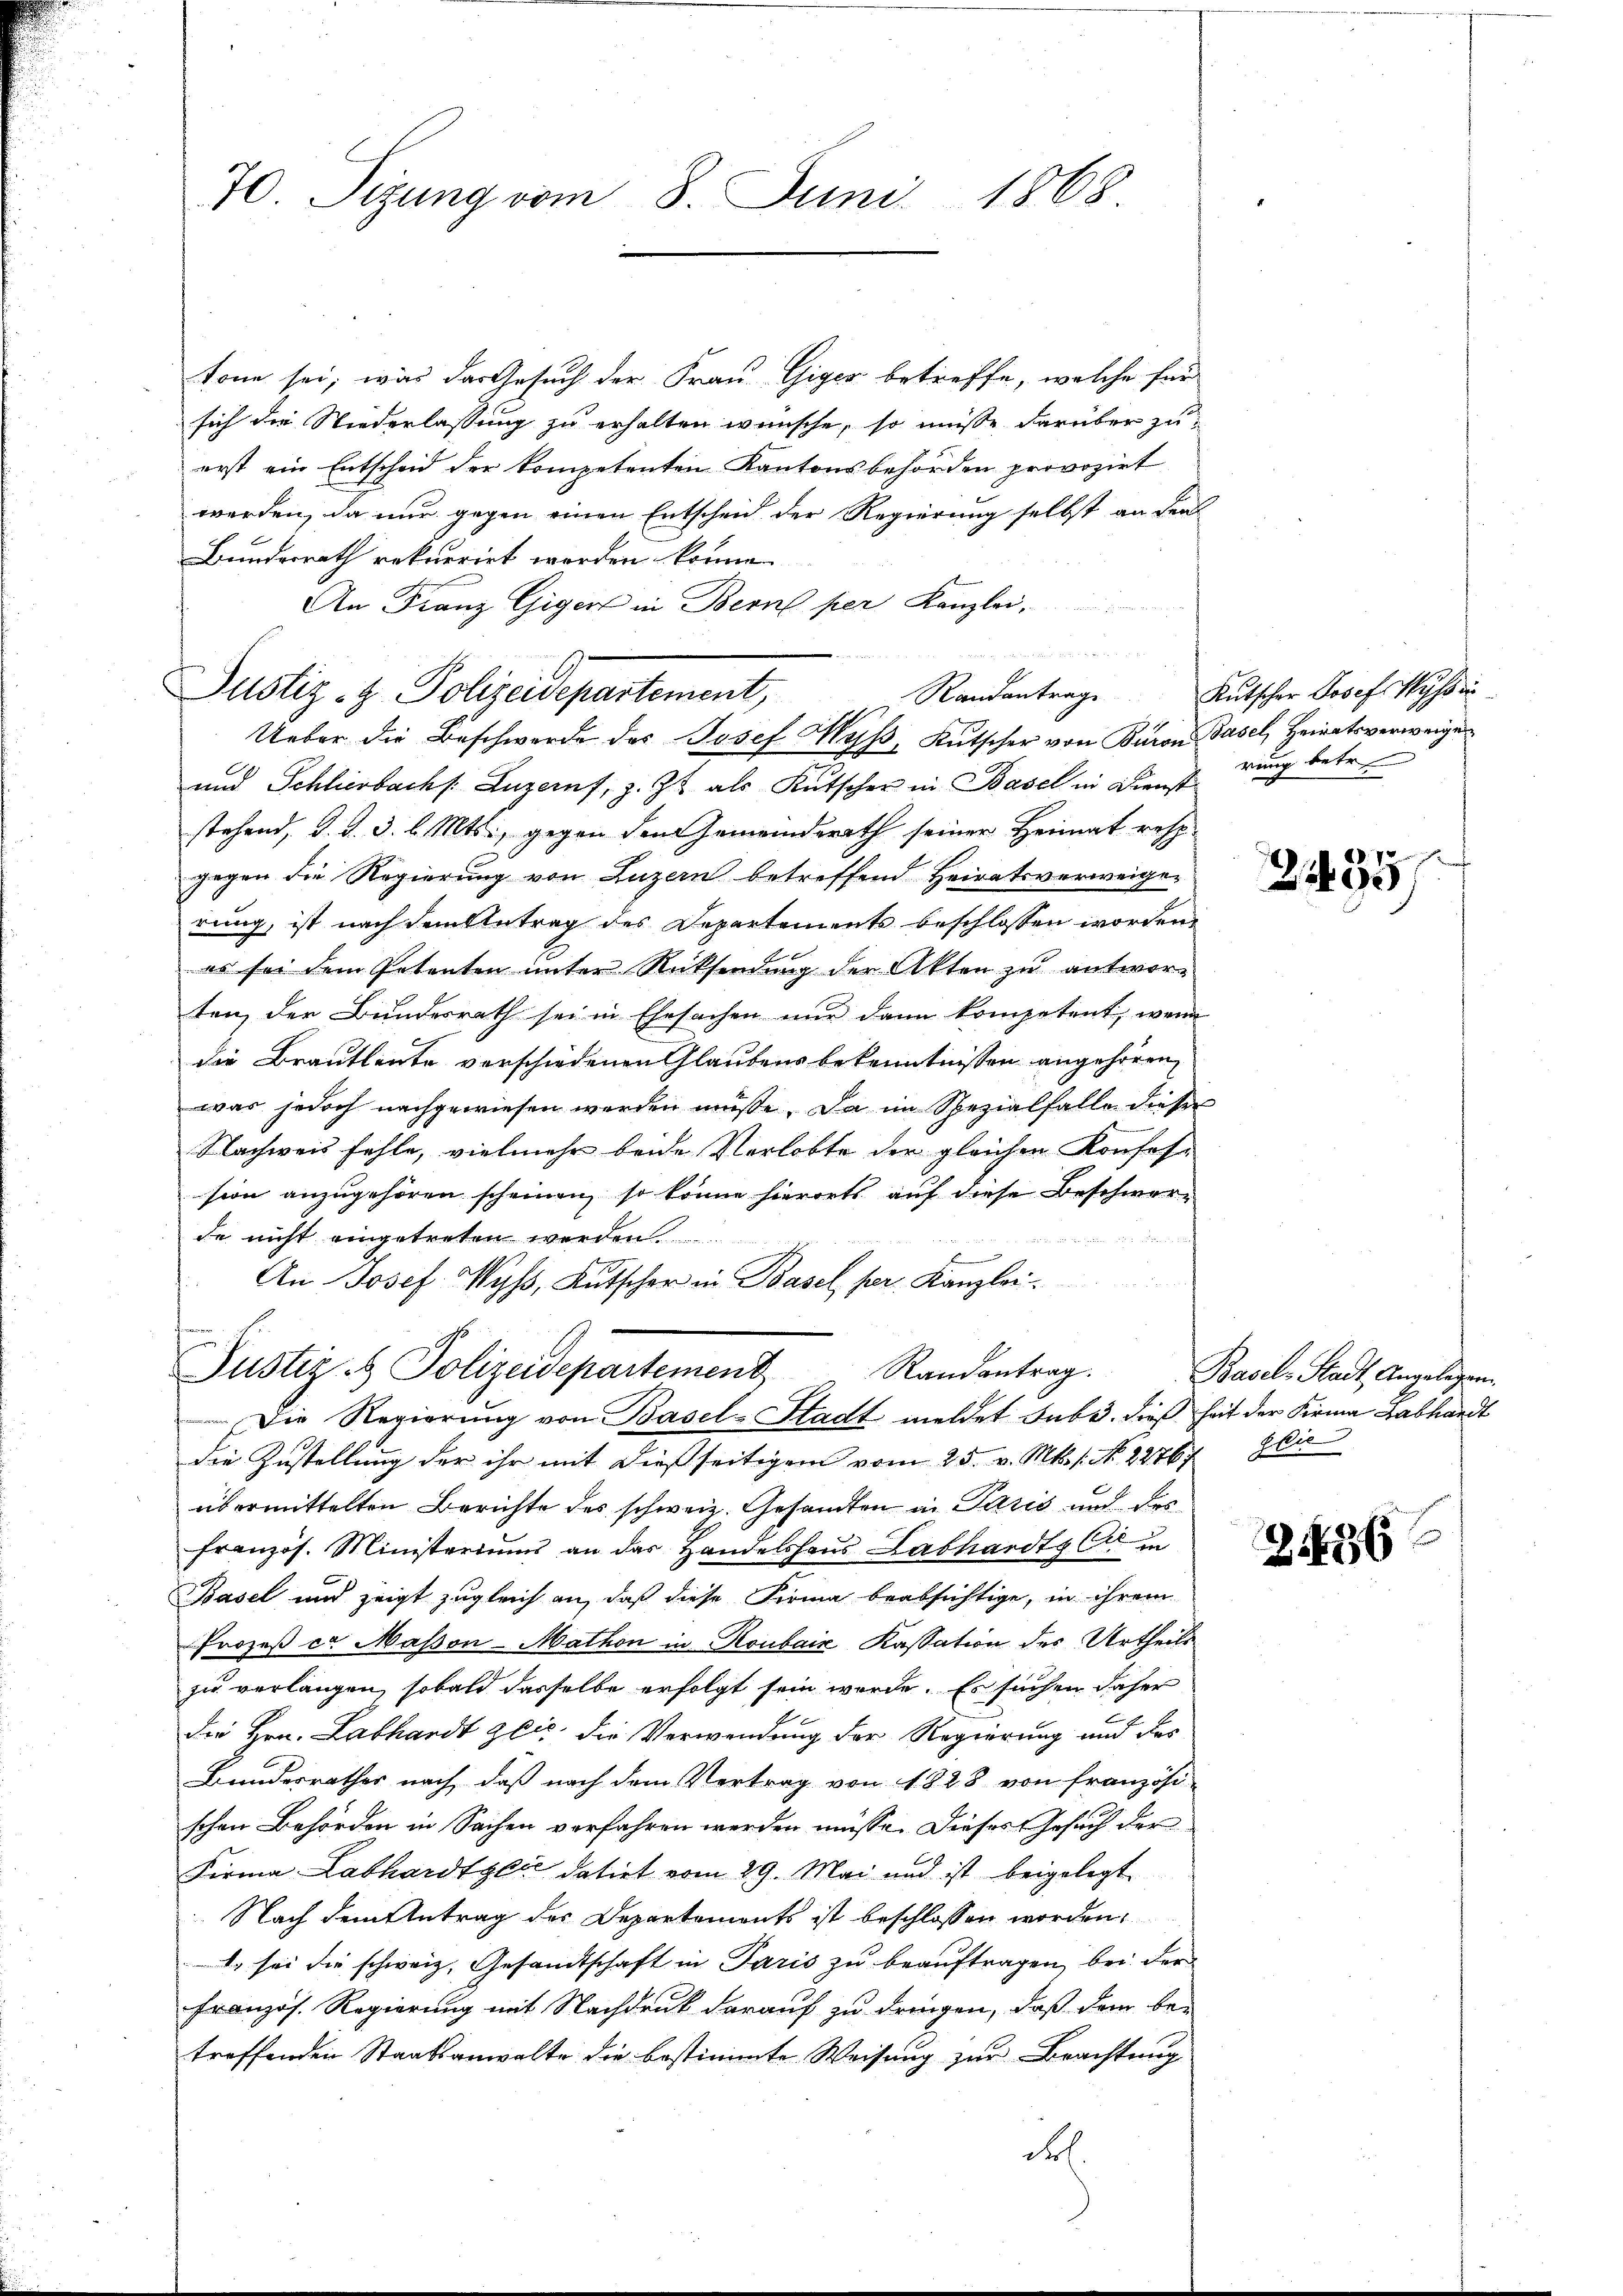
70. Sizung vom 8. Juni 1868.

tone sei, was das Gesuch der Frau Giger betreffe, welche für
sich die Niederlassung zu erhalten wünsche, so müsse darüber zu
erst ein Entscheid der kompetenten Kantonsbehörden provozirt
werden, da nur gegen einen Entscheid der Regierung selbst an den
Bundesrath rekurrirt worden könne.
An Franz Giger in Bern per Kanzlei-
un

Justiz- & Polizeidepartement,
Ueber die Beschwerde des Josef Mass, Kutscher von Baron Basel, Heiratsverweigen

und Schliesbach Luzern, z. Zt. als Kutscher in Basel in Dienst
stehend, d. d. 3. l. Mts., gegen den Gemeinderath seiner Heimat resp
gegen die Regierung von Luzern betreffend Heiratsverweigerung, ist nach dem Antrag des Departements beschlossen worden,
es sei dem Petenten unter Rücksendung der Akten zu antworten, der Bundesrath sei in Ehesachen nur dann kompetent, wenn
die Brautleute verschiedenen Glaubens bekenntnissen angehören,
was jedoch nachgewiesen werden müße. Da im Spezialfalle dieser
Nachweis fehle, vielmehr beide Verlobte der gleichen Konfes-
sion anzugehören scheinen, so könne hierorts auf diese Beschwerde nicht eingetreten werden.
An Josef Wyss, Kutscher in Basel ser Kanzleidie Zustellung der ihr mit dießseitigem vom 25. v. Mts. s. No. 22767/
übermittelten Berichte des schweiz. Gesandten in Paris und des
französ. Ministeriums an das Handelshaus Labhardts Cur in
Basel und zeigt zugleich an, daß diese Firma beabsichtige, in ihrem
Prozeß ca Massen-Mathon in Roubaiz Kassation des Urtheils
zu verlangen, sobald dasselbe erfolgt sein werde. Es suchen daher
die Hrn. Labhardt zeit die Verwendung der Regierung und des
Bundesrathes nach, daß nach dem Vertrag von 1828 von französi
schen Behörden in Sachen verfahren werden müsse. Dieser Gesuch der
Firma Labhardtylić datirt vom 29. Mai und ist beigelegt
Nach dem Antrag des Departements ist beschlossen worden,
1. sei die schweiz. Gesandtschaft in Paris zu beauftragen, bei der
Französ. Regierung mit Nachdruck darauf zu dringen, daß dem betroffenden Staatsanwalte die bestimmte Weisung zur Brachtung
Fr

Justiz- & Polizeidepartement  Randantrag. Basels Stadt Angelegen
 Die Regierung von Basel-Stadt meldet sub 3. dieß heit der Firma Labhardt

Randantrage Kutscher Josef Wyssi
rung betr

2435/

glic

2126